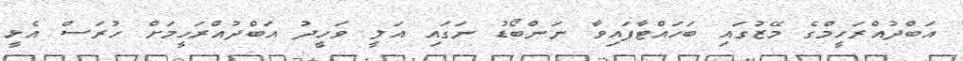
އަބްދުއްރަހީމްގެ މޭޒުގައި ބަހައްޓާފައިވާ ނަންބޯޑު ނަގައި އަލީ ވަހީދު އަބްދުއްރަހީމަށް ހުރަސް އެޅީ